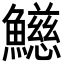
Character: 𩼰